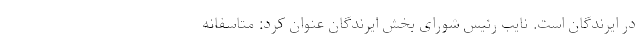
در ایرندگان است. نایب رئیس شورای بخش ایرندگان عنوان کرد: متاسفانه